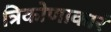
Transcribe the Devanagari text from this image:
त्रिकोणाकारं